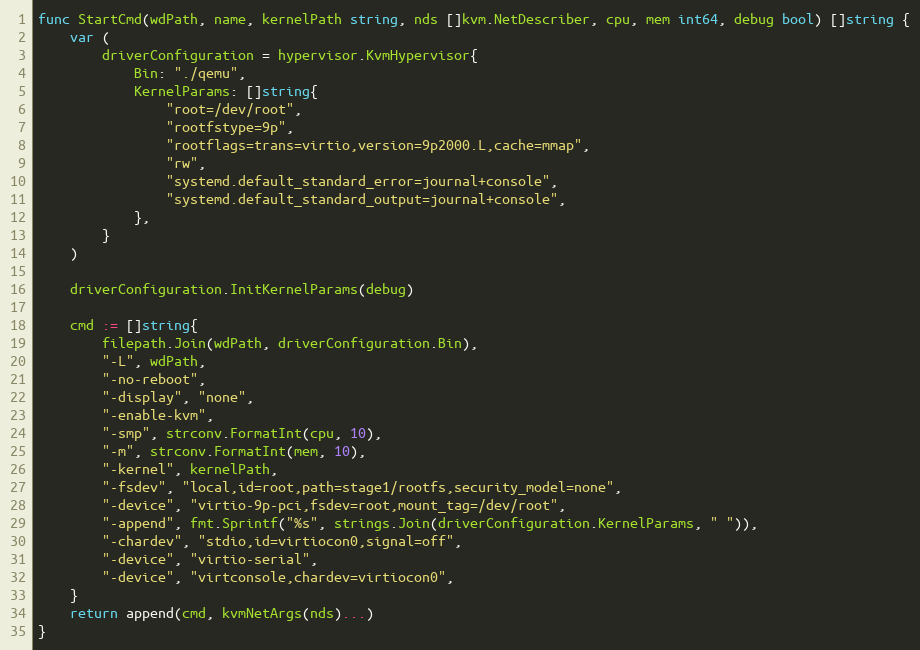
Language: Go
func StartCmd(wdPath, name, kernelPath string, nds []kvm.NetDescriber, cpu, mem int64, debug bool) []string {
	var (
		driverConfiguration = hypervisor.KvmHypervisor{
			Bin: "./qemu",
			KernelParams: []string{
				"root=/dev/root",
				"rootfstype=9p",
				"rootflags=trans=virtio,version=9p2000.L,cache=mmap",
				"rw",
				"systemd.default_standard_error=journal+console",
				"systemd.default_standard_output=journal+console",
			},
		}
	)

	driverConfiguration.InitKernelParams(debug)

	cmd := []string{
		filepath.Join(wdPath, driverConfiguration.Bin),
		"-L", wdPath,
		"-no-reboot",
		"-display", "none",
		"-enable-kvm",
		"-smp", strconv.FormatInt(cpu, 10),
		"-m", strconv.FormatInt(mem, 10),
		"-kernel", kernelPath,
		"-fsdev", "local,id=root,path=stage1/rootfs,security_model=none",
		"-device", "virtio-9p-pci,fsdev=root,mount_tag=/dev/root",
		"-append", fmt.Sprintf("%s", strings.Join(driverConfiguration.KernelParams, " ")),
		"-chardev", "stdio,id=virtiocon0,signal=off",
		"-device", "virtio-serial",
		"-device", "virtconsole,chardev=virtiocon0",
	}
	return append(cmd, kvmNetArgs(nds)...)
}